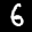
Label: 6